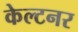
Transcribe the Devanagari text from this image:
केल्टनर